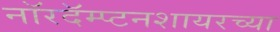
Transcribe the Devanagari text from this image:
नॉरदॅम्प्टनशायरच्या